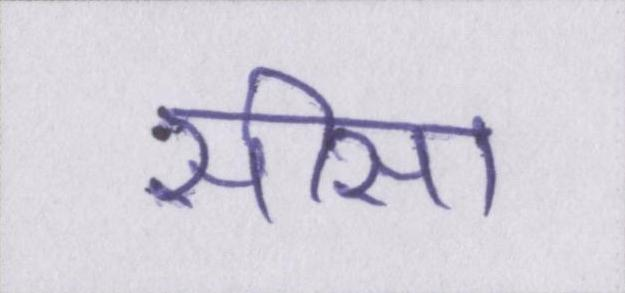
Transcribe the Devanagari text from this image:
सीसा